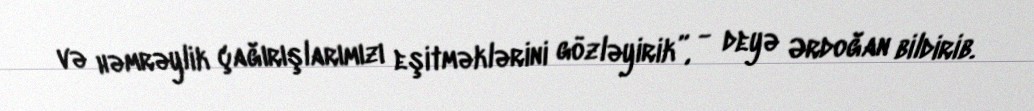
və həmrəylik çağırışlarımızı eşitməklərini gözləyirik”, - deyə Ərdoğan bildirib.